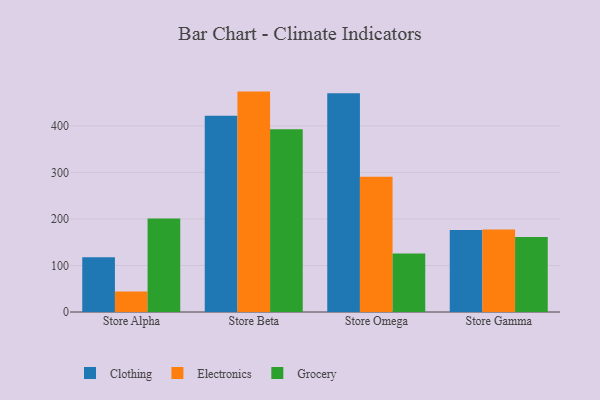
{"axis": {"x": "Store", "y": "Latency (ms)"}, "legend": ["Clothing", "Electronics", "Grocery"], "data": [{"x": "Store Alpha", "y": 117.7, "type": "Clothing"}, {"x": "Store Alpha", "y": 44.2, "type": "Electronics"}, {"x": "Store Alpha", "y": 201.0, "type": "Grocery"}, {"x": "Store Beta", "y": 422.0, "type": "Clothing"}, {"x": "Store Beta", "y": 473.7, "type": "Electronics"}, {"x": "Store Beta", "y": 392.8, "type": "Grocery"}, {"x": "Store Omega", "y": 469.9, "type": "Clothing"}, {"x": "Store Omega", "y": 290.9, "type": "Electronics"}, {"x": "Store Omega", "y": 125.6, "type": "Grocery"}, {"x": "Store Gamma", "y": 176.3, "type": "Clothing"}, {"x": "Store Gamma", "y": 177.3, "type": "Electronics"}, {"x": "Store Gamma", "y": 161.3, "type": "Grocery"}]}